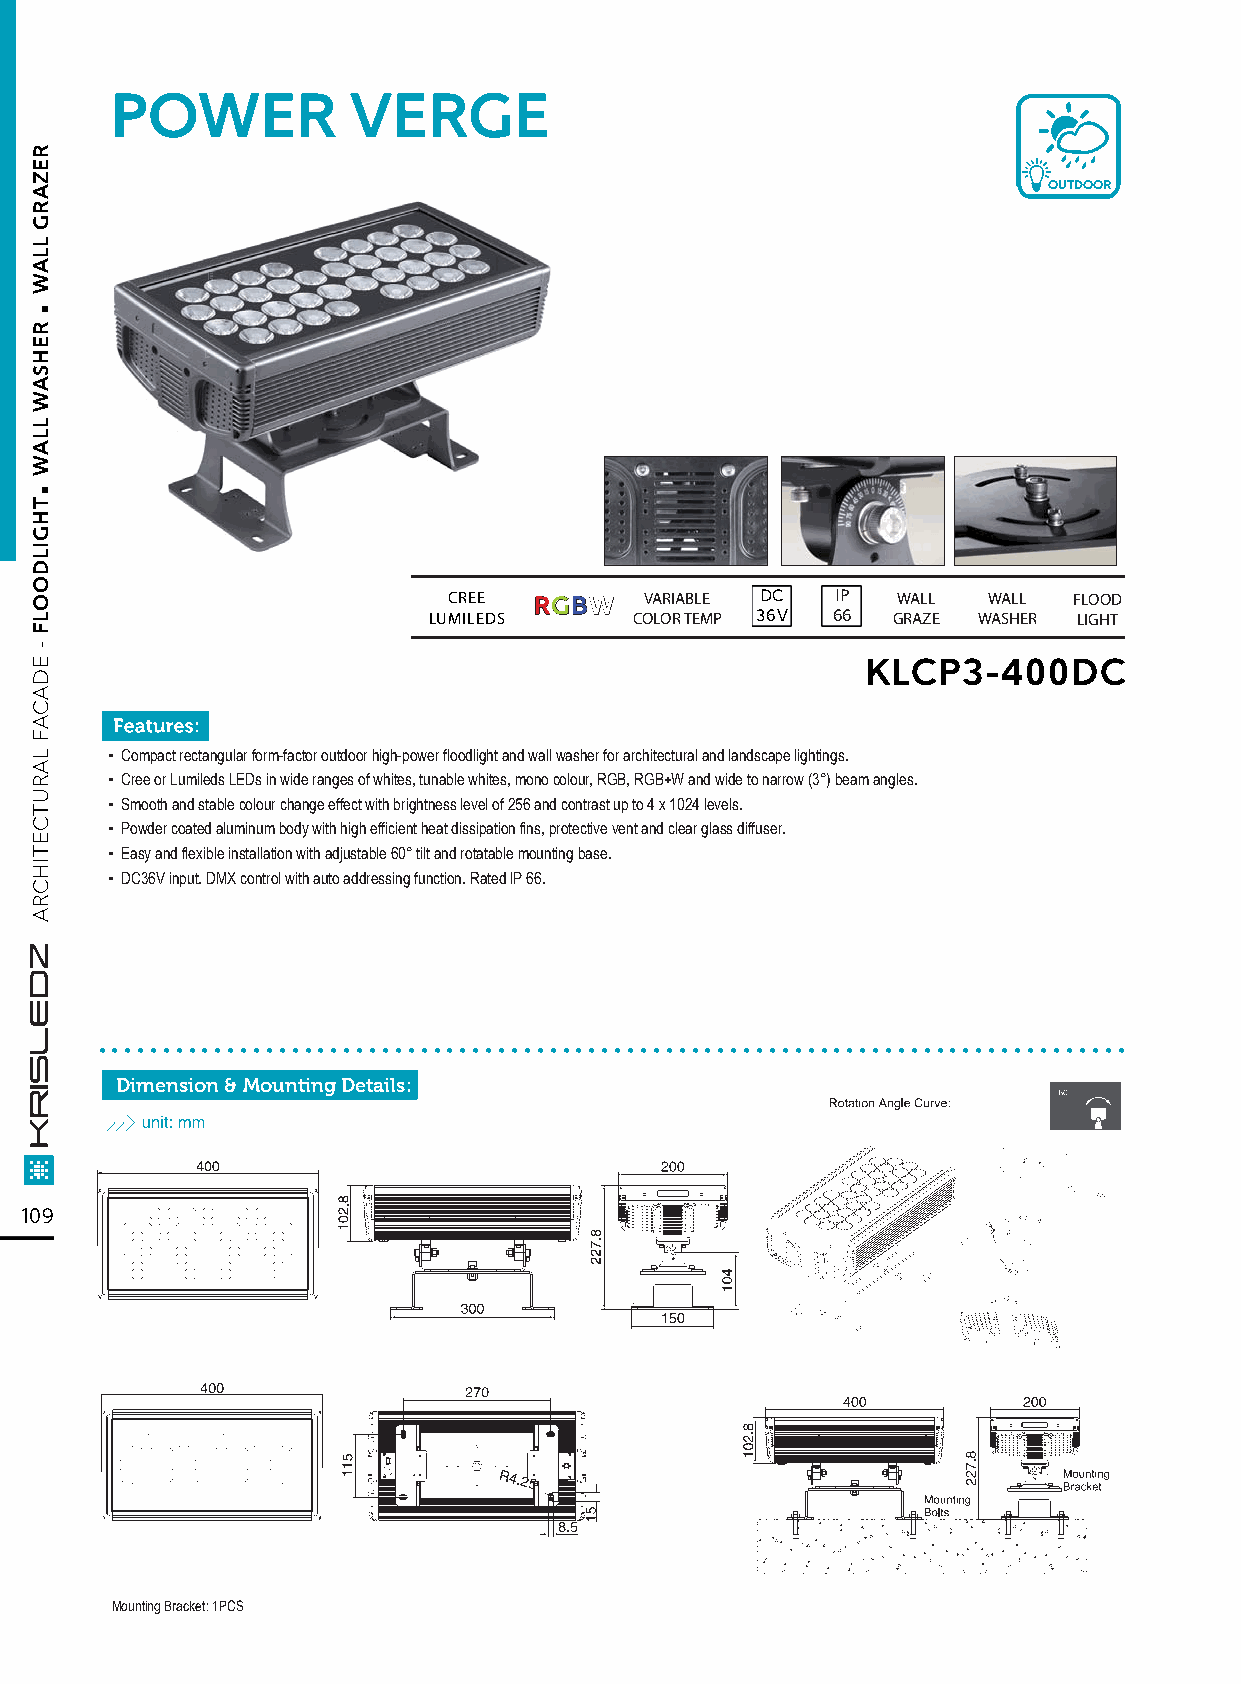
POWER           VERGE
 OUTDOOR
 CREE RRGGBBWW VARIABLE DC IP WALL  WALL  FLOOD
 LUMILEDS      COLOR TEMP 36V 66 GRAZE WASHER LIGHT
 KLCP3-400DC
 ▪ Compact rectangular form-factor outdoor high-power floodlight and wall washer for architectural and landscape lightings.
 ▪ Cree or Lumileds LEDs in wide ranges of whites, tunable whites, mono colour, RGB, RGB+W and wide to narrow (3°) beam angles.
 ▪ Smooth and stable colour change effect with brightness level of 256 and contrast up to 4 x 1024 levels.
 ▪ Powder coated aluminum body with high efficient heat dissipation fins, protective vent and clear glass diffuser.
 ▪ Easy and flexible installation with adjustable 60° tilt and rotatable mounting base.
 ▪ DC36V input. DMX control with auto addressing function. Rated lP 66.
 ................................................................................
 Dimension & Mounting Details:
 109
 Mounting Bracket: 1PCS
 .
 .
 REZARG
 LLAW
 REHSAW
 LLAW
 THGILDOOLF
 -
 EDACAF
 LARUTCETIHCRA